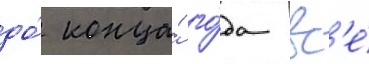
до́ конца́ го́да вс'е́